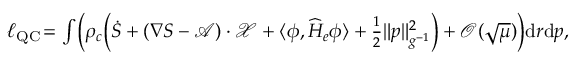
\begin{array} { r } { \ell _ { \operatorname { Q C } } \! = \int \! \bigg ( \rho _ { c } \Big ( \dot { S } + ( \nabla S - \mathcal { A } ) \cdot \mathcal { X } + \langle \phi , \widehat H _ { e } \phi \rangle + \frac { 1 } { 2 } \| p \| _ { g ^ { - 1 } } ^ { 2 } \Big ) + \mathcal { O } ( \sqrt { \mu } ) \bigg ) { \mathrm { d } } r { \mathrm { d } } p , } \end{array}